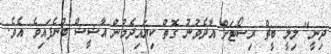
ދިނީ" ލިލީ ބީޗް ރިސޯޓަށް އާދެވުނު ގޮތް ކިޔައިދެމުން އާޝީޝް ބުނެފައިވެ އެވެ.